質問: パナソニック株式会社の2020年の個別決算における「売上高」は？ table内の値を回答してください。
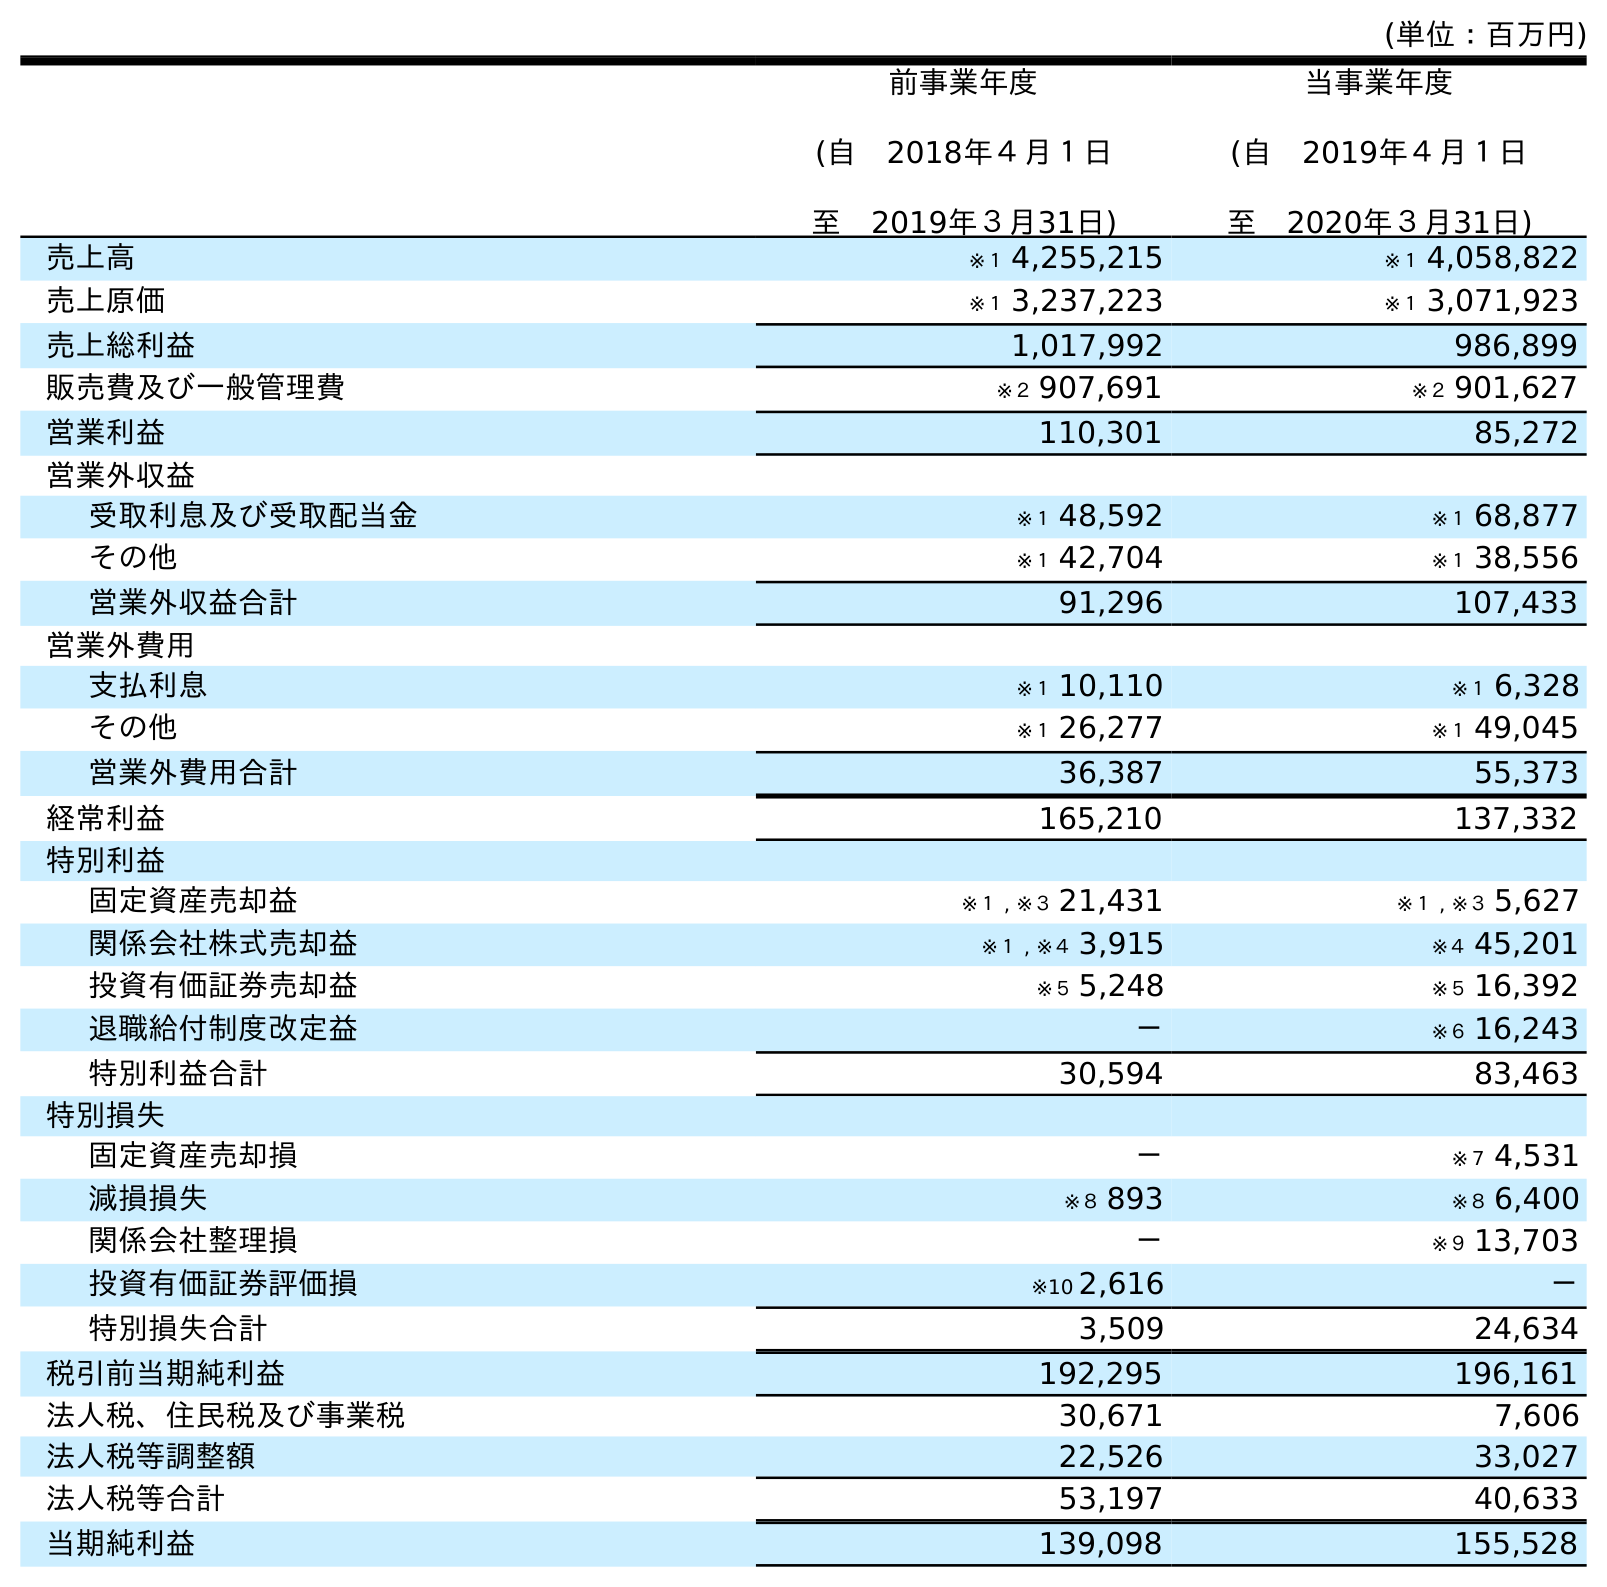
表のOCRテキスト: (単位：百万円) 前事業年度 (自 2018年４月１日 至 2019年３月31日) 当事業年度 (自 2019年４月１日 至 2020年３月31日) 売上高 ※１ 4,255,215 ※１ 4,058,822 売上原価 ※１ 3,237,223 ※１ 3,071,923 売上総利益 1,017,992 986,899 販売費及び一般管理費 ※２ 907,691 ※２ 901,627 営業利益 110,301 85,272 営業外収益 受取利息及び受取配当金 ※１ 48,592 ※１ 68,877 その他 ※１ 42,704 ※１ 38,556 営業外収益合計 91,296 107,433 営業外費用 支払利息 ※１ 10,110 ※１ 6,328 その他 ※１ 26,277 ※１ 49,045 営業外費用合計 36,387 55,373 経常利益 165,210 137,332 特別利益 固定資産売却益 ※１ , ※３ 21,431 ※１ , ※３ 5,627 関係会社株式売却益 ※１ , ※４ 3,915 ※４ 45,201 投資有価証券売却益 ※５ 5,248 ※５ 16,392 退職給付制度改定益 － ※６ 16,243 特別利益合計 30,594 83,463 特別損失 固定資産売却損 － ※７ 4,531 減損損失 ※８ 893 ※８ 6,400 関係会社整理損 － ※９ 13,703 投資有価証券評価損 ※10 2,616 － 特別損失合計 3,509 24,634 税引前当期純利益 192,295 196,161 法人税、住民税及び事業税 30,671 7,606 法人税等調整額 22,526 33,027 法人税等合計 53,197 40,633 当期純利益 139,098 155,528
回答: ※１4,058,822